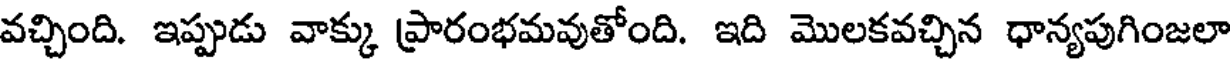
వచ్చింది. ఇప్పుడు వాక్కు ప్రారంభమవుతోంది. ఇది మొలకవచ్చిన ధాన్యపుగింజలా